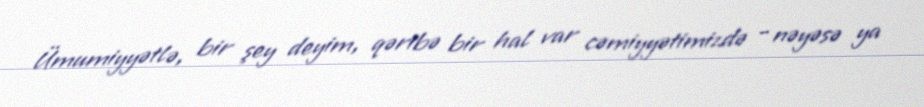
Ümumiyyətlə, bir şey deyim, qəribə bir hal var cəmiyyətimizdə - nəyəsə ya